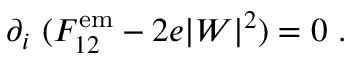
\partial _ { i } ~ ( { \cal F } _ { 1 2 } ^ { \mathrm { e m } } - 2 e | W | ^ { 2 } ) = 0 ~ .